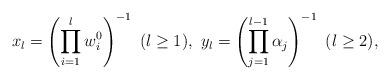
LaTeX: \begin{align*}x_l=\left(\prod_{i=1}^l w_i^0\right)^{-1}\ (l\ge 1),\ y_l=\left(\prod_{j=1}^{l-1} \alpha_j\right)^{-1}\ (l\ge 2), \end{align*}